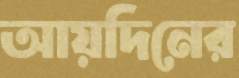
আয়দিনের